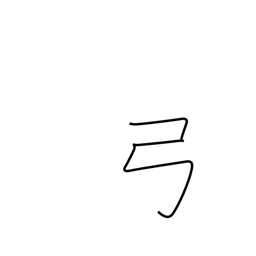
Meaning: bow